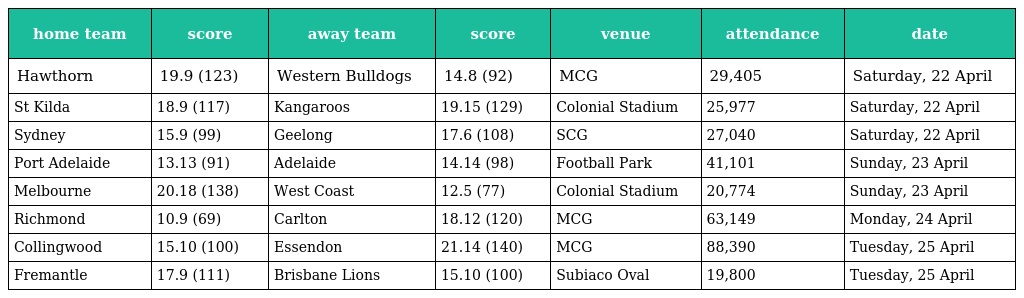
| home team | score | away team | score | venue | attendance | date |
 | --- | --- | --- | --- | --- | --- | --- |
 | Hawthorn | 19.9 (123) | Western Bulldogs | 14.8 (92) | MCG | 29,405 | Saturday, 22 April |
 | St Kilda | 18.9 (117) | Kangaroos | 19.15 (129) | Colonial Stadium | 25,977 | Saturday, 22 April |
 | Sydney | 15.9 (99) | Geelong | 17.6 (108) | SCG | 27,040 | Saturday, 22 April |
 | Port Adelaide | 13.13 (91) | Adelaide | 14.14 (98) | Football Park | 41,101 | Sunday, 23 April |
 | Melbourne | 20.18 (138) | West Coast | 12.5 (77) | Colonial Stadium | 20,774 | Sunday, 23 April |
 | Richmond | 10.9 (69) | Carlton | 18.12 (120) | MCG | 63,149 | Monday, 24 April |
 | Collingwood | 15.10 (100) | Essendon | 21.14 (140) | MCG | 88,390 | Tuesday, 25 April |
 | Fremantle | 17.9 (111) | Brisbane Lions | 15.10 (100) | Subiaco Oval | 19,800 | Tuesday, 25 April |